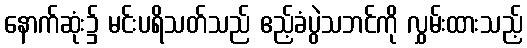
နောက်ဆုံး၌ မင်းပရိသတ်သည် ဧည့်ခံပွဲသဘင်ကို လွှမ်းထားသည့်